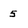
Character: 5